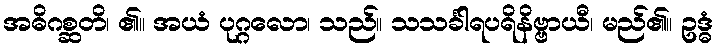
အဓိဂစ္ဆတိ၊ ၏။ အယံ ပုဂ္ဂလော၊ သည်။ သသင်္ခါရပရိနိဗ္ဗာယီ၊ မည်၏။ ဥဒ္ဓံ